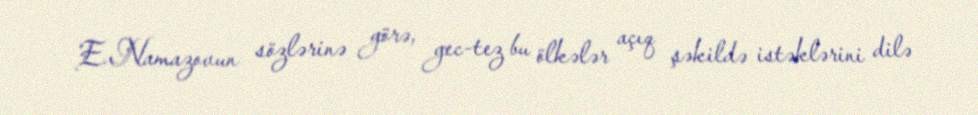
E.Namazovun sözlərinə görə, gec-tez bu ölkələr açıq şəkildə istəklərini dilə